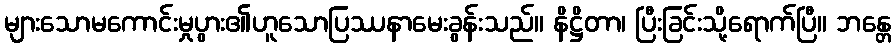
များသောမကောင်းမှုပွား၏ဟူသောပြဿနာမေးခွန်းသည်။ နိဋ္ဌိတာ၊ ပြီးခြင်းသို့ရောက်ပြီ။ ဘန္တေ